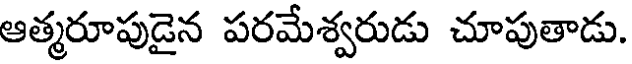
ఆత్మరూపుడైన పరమేశ్వరుడు చూపుతాడు.